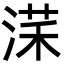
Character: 㴕